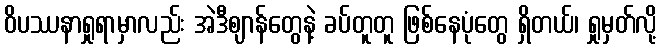
ဝိပဿနာရှုရာမှာလည်း အဲဒီဈာန်တွေနဲ့ ခပ်တူတူ ဖြစ်နေပုံတွေ ရှိတယ်၊ ရှုမှတ်လို့